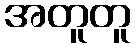
အတူတူ